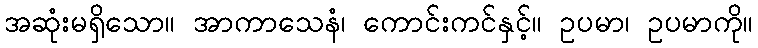
အဆုံးမရှိသော။ အာကာသေနံ၊ ကောင်းကင်နှင့်။ ဥပမာ၊ ဥပမာကို။